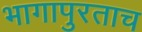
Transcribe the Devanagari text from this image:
भागापुरताच